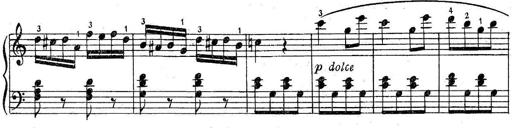
Title: 6 Easy Sonatinas
Composer: Carl Czerny